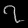
Digit: ၇